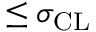
\leq \sigma _ { \mathrm { C L } }